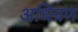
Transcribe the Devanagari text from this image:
अधिग्रण